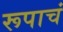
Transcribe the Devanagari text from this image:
रूपाचं